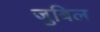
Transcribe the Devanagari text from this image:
जुबिल